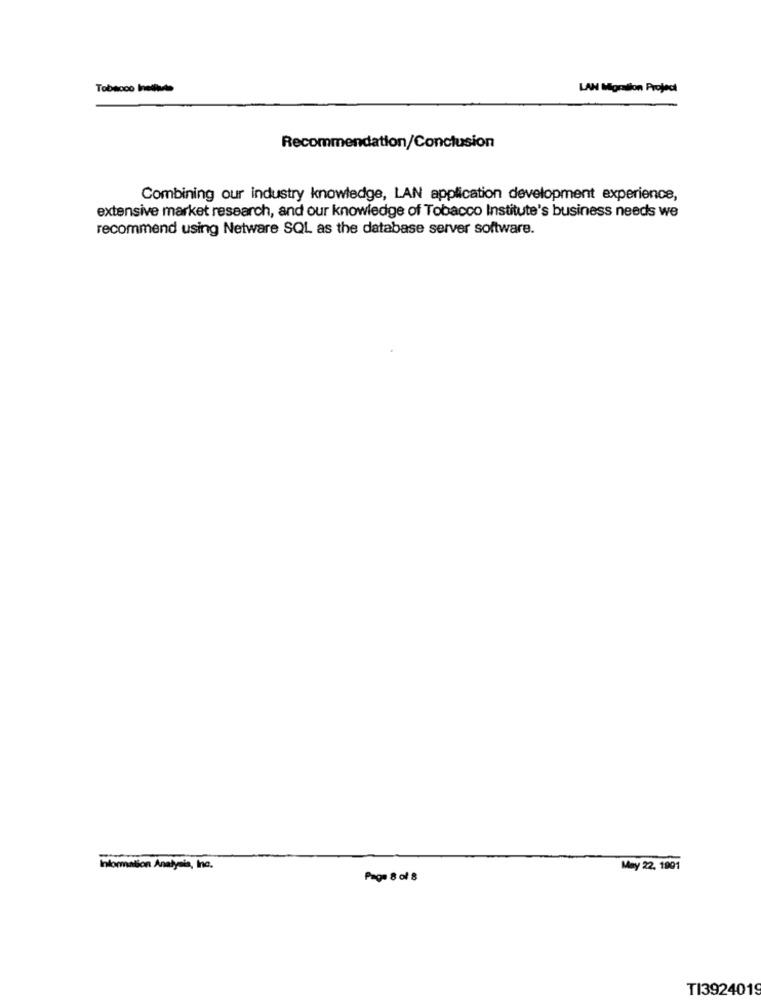
Tobacco Isthits
LAN Migration Project
Recommendation/Conclusion
Combining our industry knowledge, LAN application development experience,
extensive market research, and our knowledge of Tobacco Institute's business needs we
recommend using Netware SQL as the database server software.
Information Analysis, Inc.
May 22. 1901
Page 8 of 8
TI3924019